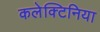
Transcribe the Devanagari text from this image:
कलेक्टिनिया